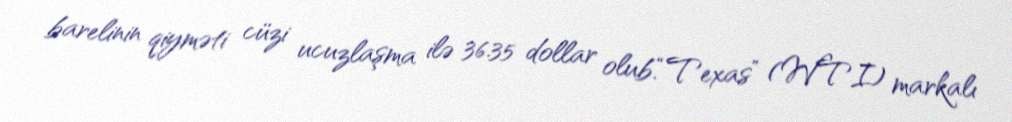
barelinin qiyməti cüzi ucuzlaşma ilə 36.35 dollar olub.“Texas” (WTI) markalı